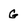
Character: G